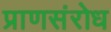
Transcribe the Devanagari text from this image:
प्राणसंरोध